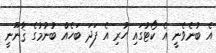
އެ ބުނެވެނީ އެ ކޯޓުގައި ހުރި އެ ފަދަ ބަހެއް ބުނުމުގެ ޤާނޫނީ